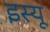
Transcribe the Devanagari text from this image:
इस्यू